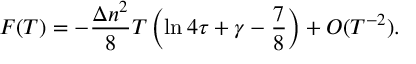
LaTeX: F ( T ) = - \frac { \Delta n ^ { 2 } } { 8 } T \left( \ln 4 \tau + \gamma - \frac { 7 } { 8 } \right) + { \cal O } ( T ^ { - 2 } ) .